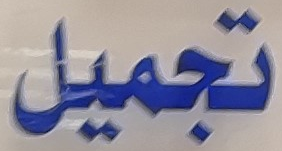
تجميل